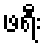
ဖရီး